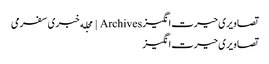
تصاویری حیرت‌انگیز Archives | مجله خبری سفرمی
تصاویری حیرت‌انگیز